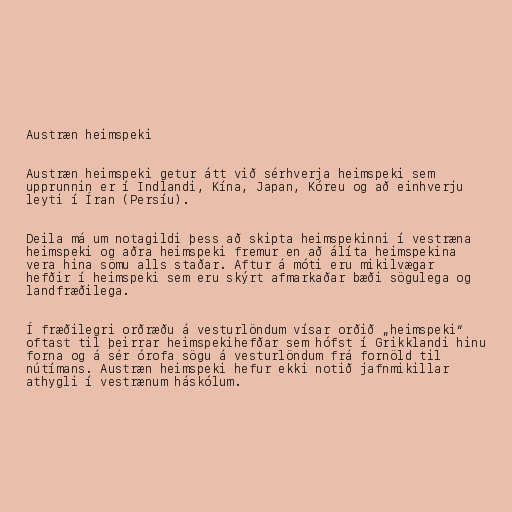
Austræn heimspeki

Austræn heimspeki getur átt við sérhverja heimspeki sem
upprunnin er í Indlandi, Kína, Japan, Kóreu og að einhverju
leyti í Íran (Persíu).

Deila má um notagildi þess að skipta heimspekinni í vestræna
heimspeki og aðra heimspeki fremur en að álíta heimspekina
vera hina sömu alls staðar. Aftur á móti eru mikilvægar
hefðir í heimspeki sem eru skýrt afmarkaðar bæði sögulega og
landfræðilega.

Í fræðilegri orðræðu á vesturlöndum vísar orðið „heimspeki“
oftast til þeirrar heimspekihefðar sem hófst í Grikklandi hinu
forna og á sér órofa sögu á vesturlöndum frá fornöld til
nútímans. Austræn heimspeki hefur ekki notið jafnmikillar
athygli í vestrænum háskólum.